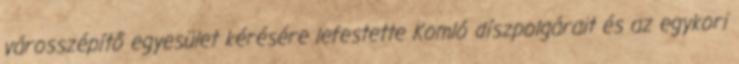
városszépítő egyesület kérésére lefestette Komló díszpolgárait és az egykori